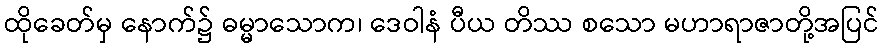
ထိုခေတ်မှ နောက်၌ ဓမ္မာသောက၊ ဒေဝါနံ ပီယ တိဿ စသော မဟာရာဇာတို့အပြင်